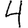
Digit: 4